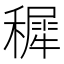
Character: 穉